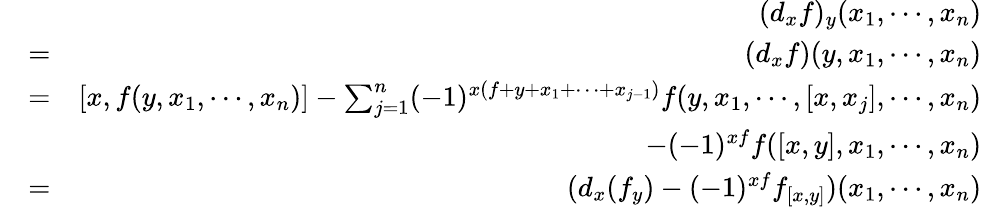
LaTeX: \begin{array}{rlr}&{}&{(d_{x}f)_{y}(x_{1},\cdots,x_{n})}\\ &{=}&{(d_{x}f)(y,x_{1},\cdots,x_{n})}\\ &{=}&{[x,f(y,x_{1},\cdots,x_{n})]-\sum_{j=1}^{n}(-1)^{x(f+y+x_{1}+\cdots+x_{j-1})}f(y,x_{1},\cdots,[x,x_{j}],\cdots,x_{n})}\\ &{}&{-(-1)^{xf}f([x,y],x_{1},\cdots,x_{n})}\\ &{=}&{(d_{x}(f_{y})-(-1)^{xf}f_{[x,y]})(x_{1},\cdots,x_{n})}\end{array}